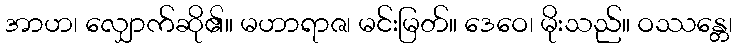
အာဟ၊ လျှောက်ဆို၏။ မဟာရာဇ၊ မင်းမြတ်။ ဒေဝေ၊ မိုးသည်။ ဝဿန္တေ၊